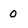
Character: 0